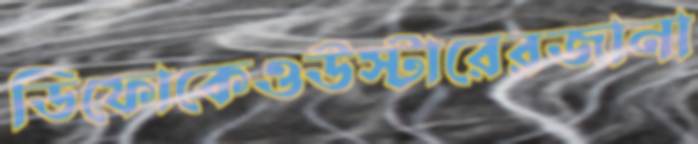
ডিফোকেওউস্টারেরজানা